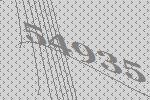
54935